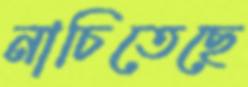
নাচিতেছে